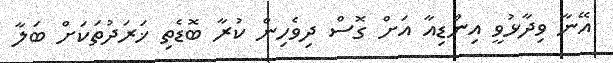
އޭނާ ވިދާޅުވީ އިންޑިއާ އަށް ގޮސް ދިވެހިން ކުރާ ބޮޑެތި ޚަރަދުތަކަށް ބަލާ